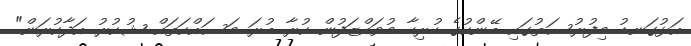
އަޅުގަނޑު މިފުރުސަތުގައި ބޭންކުގެ ހުރިހާ މުވައްޒަފުން ކުރާ ބުރަ މަސައްކަތައް ޝުކުރު އަދާކުރަން"